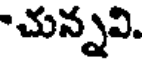
-చున్నవి.